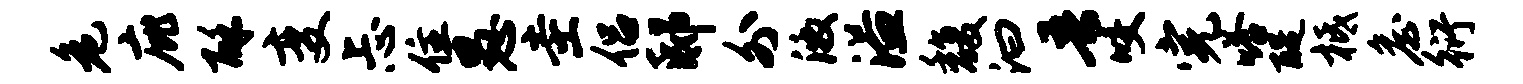
危庇酥变忐住愚圭侣邸外激溢馥汩吾咬完嗒醍柢詹衍